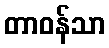
တာဝန်သာ